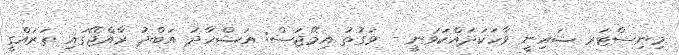
މިނިސްޓަރ ޝައިނީ ވާހަކަދައްކަވަނީ - ވަގުތު އިމޭޖަސް: އަޝްހާދު އަބްދު ރާއްޖޭގައި ތަރައްގީ